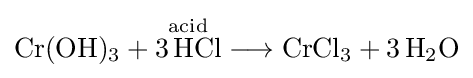
{\mathrm {Cr} (\mathrm {OH} ){\vphantom {A}}_{\smash[{t}]{3}}{}+{}{\overset {\mathrm {acid} }{3\,\mathrm {HCl} }}{}\mathrel {\longrightarrow } {}\mathrm {CrCl} {\vphantom {A}}_{\smash[{t}]{3}}{}+{}3\,\mathrm {H} {\vphantom {A}}_{\smash[{t}]{2}}\mathrm {O} }